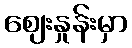
ဈေးနှုန်းမှာ